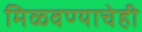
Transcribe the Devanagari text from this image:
मिळवण्याचेही